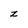
Character: z